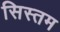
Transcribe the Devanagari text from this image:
सिस्तम